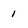
Character: 1